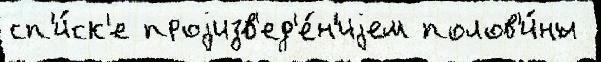
сп'и́ск'е проjизв'ед'е́н'иjем полов'и́ны